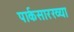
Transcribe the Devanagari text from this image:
पार्कसारख्या